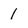
Character: 1